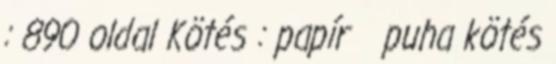
: 890 oldal Kötés : papír puha kötés